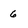
Character: 6